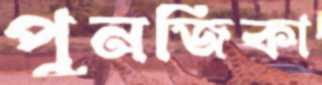
পুনজিকা